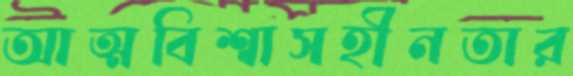
আত্মবিশ্বাসহীনতার